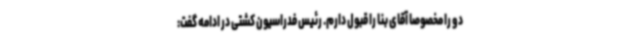
دو را مخصوصا آقای بنا را قبول دارم. رئیس فدراسیون کشتی در ادامه گفت: